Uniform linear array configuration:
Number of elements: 16
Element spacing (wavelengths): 0.25
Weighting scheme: hann
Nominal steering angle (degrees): -45
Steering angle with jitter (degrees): -46.68
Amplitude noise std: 0.05
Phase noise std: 0.05

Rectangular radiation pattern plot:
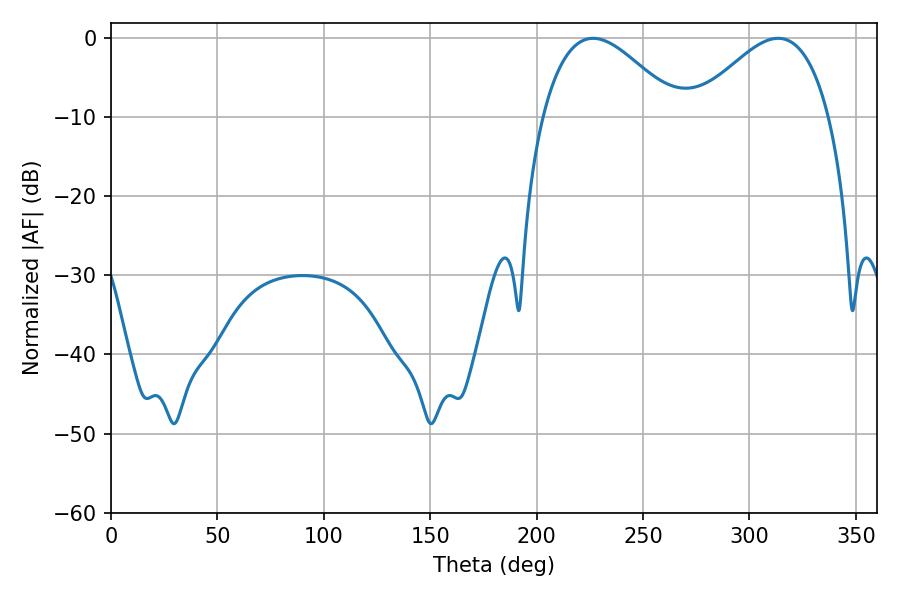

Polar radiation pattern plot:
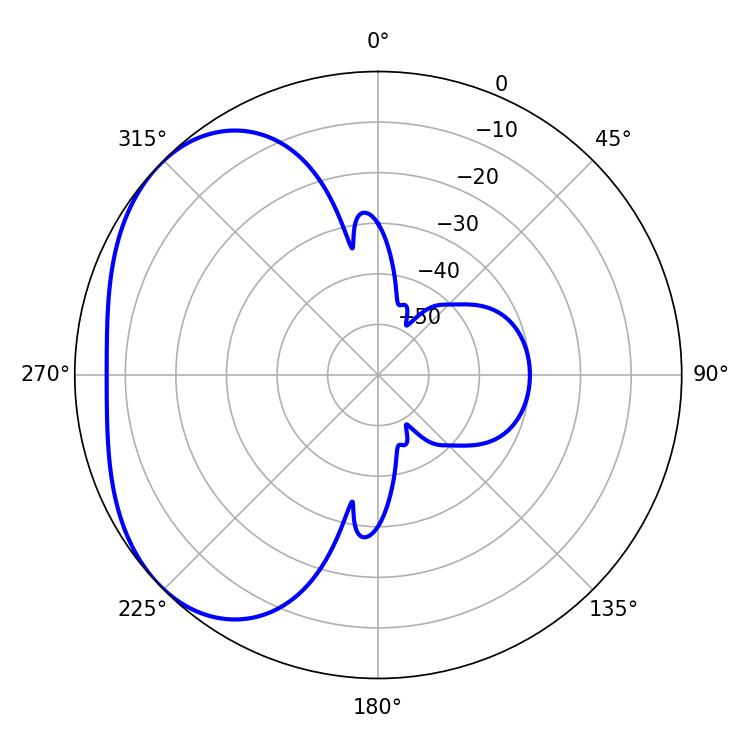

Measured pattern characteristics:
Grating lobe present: FALSE
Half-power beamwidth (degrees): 34.38
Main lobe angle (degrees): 226.44